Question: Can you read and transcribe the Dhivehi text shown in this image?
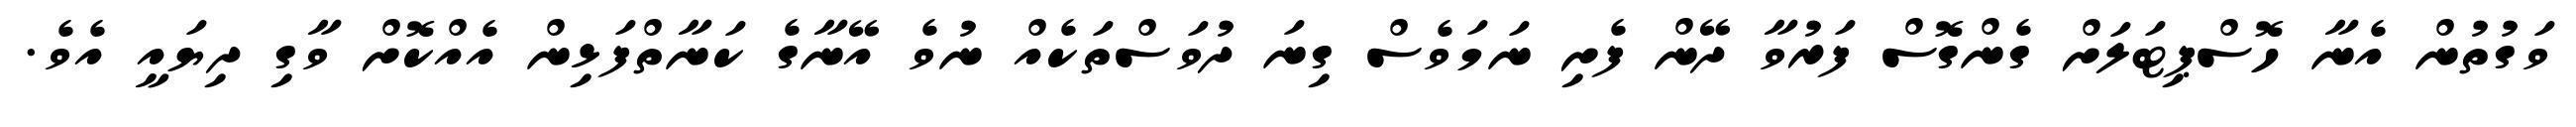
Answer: ވަގުތުން އެނާ ހޮސްޕިޓަލަށް ގެންގޮސް ފަރުވާ ދޭން ފެށި ނަމަވެސް ގިނަ ދުވަސްތަކެއް ނުވެ އޭނާގެ ކަނާތްފަޅިން އެއްކޮށް ވާގި ދިޔައީ އެވެ.